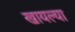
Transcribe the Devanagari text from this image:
खायल्या